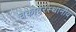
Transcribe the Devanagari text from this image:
चेकावरस्थानीय